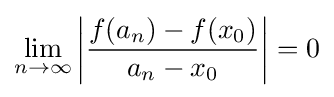
\lim _{n\to \infty }\left|{\frac {f(a_{n})-f(x_{0})}{a_{n}-x_{0}}}\right|=0